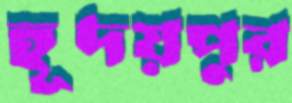
হূদয়পুর